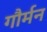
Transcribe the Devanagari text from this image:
गौर्मन